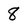
Character: 8